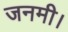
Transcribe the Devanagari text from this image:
जनमी।